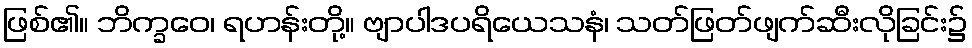
ဖြစ်၏။ ဘိက္ခဝေ၊ ရဟန်းတို့။ ဗျာပါဒပရိယေသနံ၊ သတ်ဖြတ်ဖျက်ဆီးလိုခြင်း၌